Annual report on the working of the lock hospitals in the Central Provinces
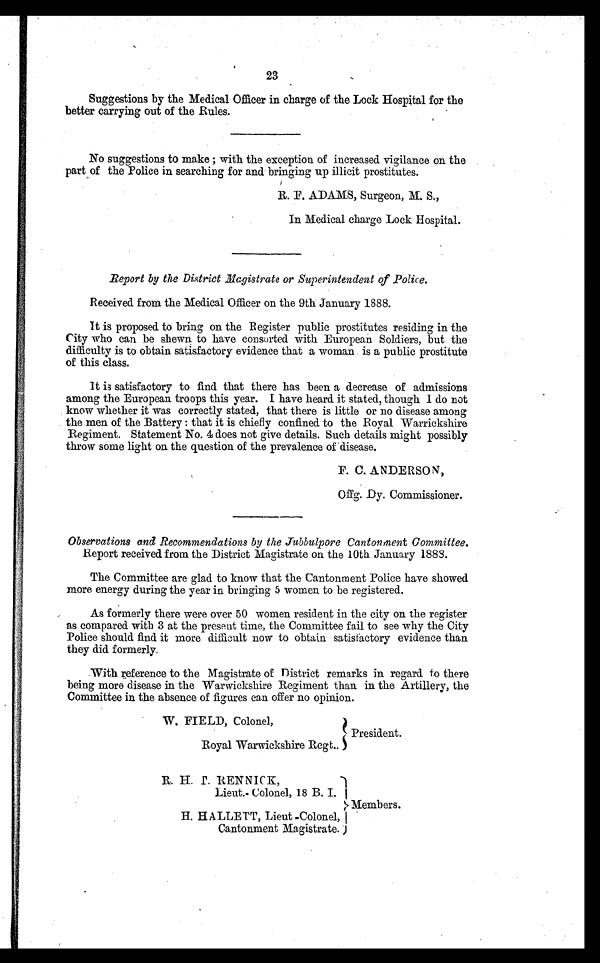
23
Suggestions by the Medical Officer in charge of the Lock Hospital for the
better carrying out of the Rules.
No suggestions to make ; with the exception of increased vigilance on the
part of the Police in searching for and bringing up illicit prostitutes.
R. F. ADAMS, Surgeon, M. S.,
In Medical charge Lock Hospital.
Report by the District Magistrate or Superintendent of Police.
Received from the Medical Officer on the 9th January 1888.
It is proposed to bring on the Register public prostitutes residing in the
City who can be shewn to have consorted with European Soldiers, but the
d i f f i c u l t y i s t o o b t a i n s a t i s f a c t o r y e v i d e n c e t h a t a w o m a n i s a p u b l i c p r o s t i t u t e
of this class.
It is satisfactory to find that there has been a decrease of admissions
among the European troops this year. I have heard it stated, though I do not
know whether it was correctly stated, that there is little or no disease among
the men of the Battery : that it is chiefly confined to the Royal Warrickshire
Regiment. Statement No. 4 does not give details. Such details might possibly
throw some light on the question of the prevalence of disease.
F. C. ANDERSON,
Offg. Dy. Commissioner.
Observations and Recommendations by the Jubbulpore Cantonment Committee.
Report received from the District Magistrate on the 10th January 1883.
The Committee are glad to know that the Cantonment Police have showed
more energy during the year in bringing 5 women to be registered.
As formerly there were over 50 women resident in the city on the register
as compared with 3 at the present time, the Committee fail to see why the City
Police should find it more difficult now to obtain satisfactory evidence than
they did formerly.
With reference to the Magistrate of District remarks in regard to there
being more disease in the Warwickshire Regiment than in the Artillery, the
Committee in the absence of figures can offer no opinion.
W. FIELD, Colonel,
Royal Warwickshire Regt,.
President.
R. H. T. RENNICK,
Lieut.- Colonel, 18 B. I.
H. HALLETT, Lieut -Colonel,
Cantonment Magistrate.
Members.